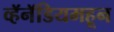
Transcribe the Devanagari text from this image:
व्हॅनॅडियमहून